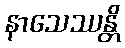
နာသေဿန္တိ